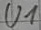
Text: U1